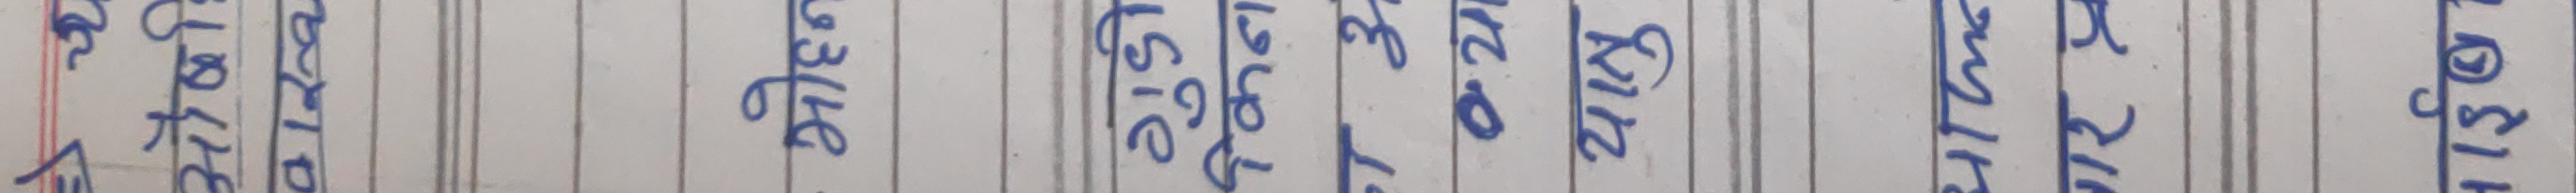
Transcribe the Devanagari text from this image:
अक्षर उपहार भूलभुलैया १९९६ २०२३ Rizla अनिवार्य १५० १५१